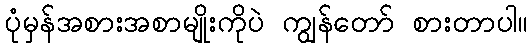
ပုံမှန်အစားအစာမျိုးကိုပဲ ကျွန်တော် စားတာပါ။